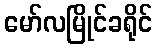
မော်လမြိုင်ခရိုင်